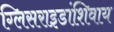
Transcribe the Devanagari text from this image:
ग्लिसराइडांशिवाय